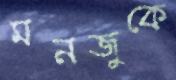
মনজুকে